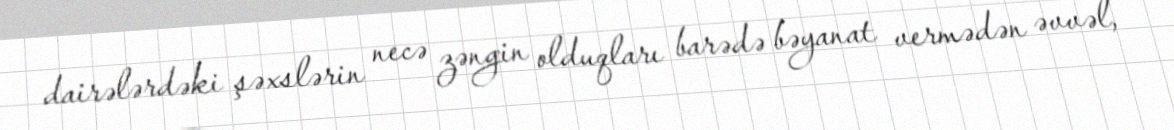
dairələrdəki şəxslərin necə zəngin olduqları barədə bəyanat vermədən əvvəl,